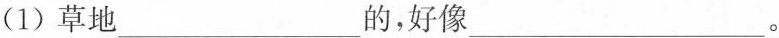
(1)草地___的，好像___。